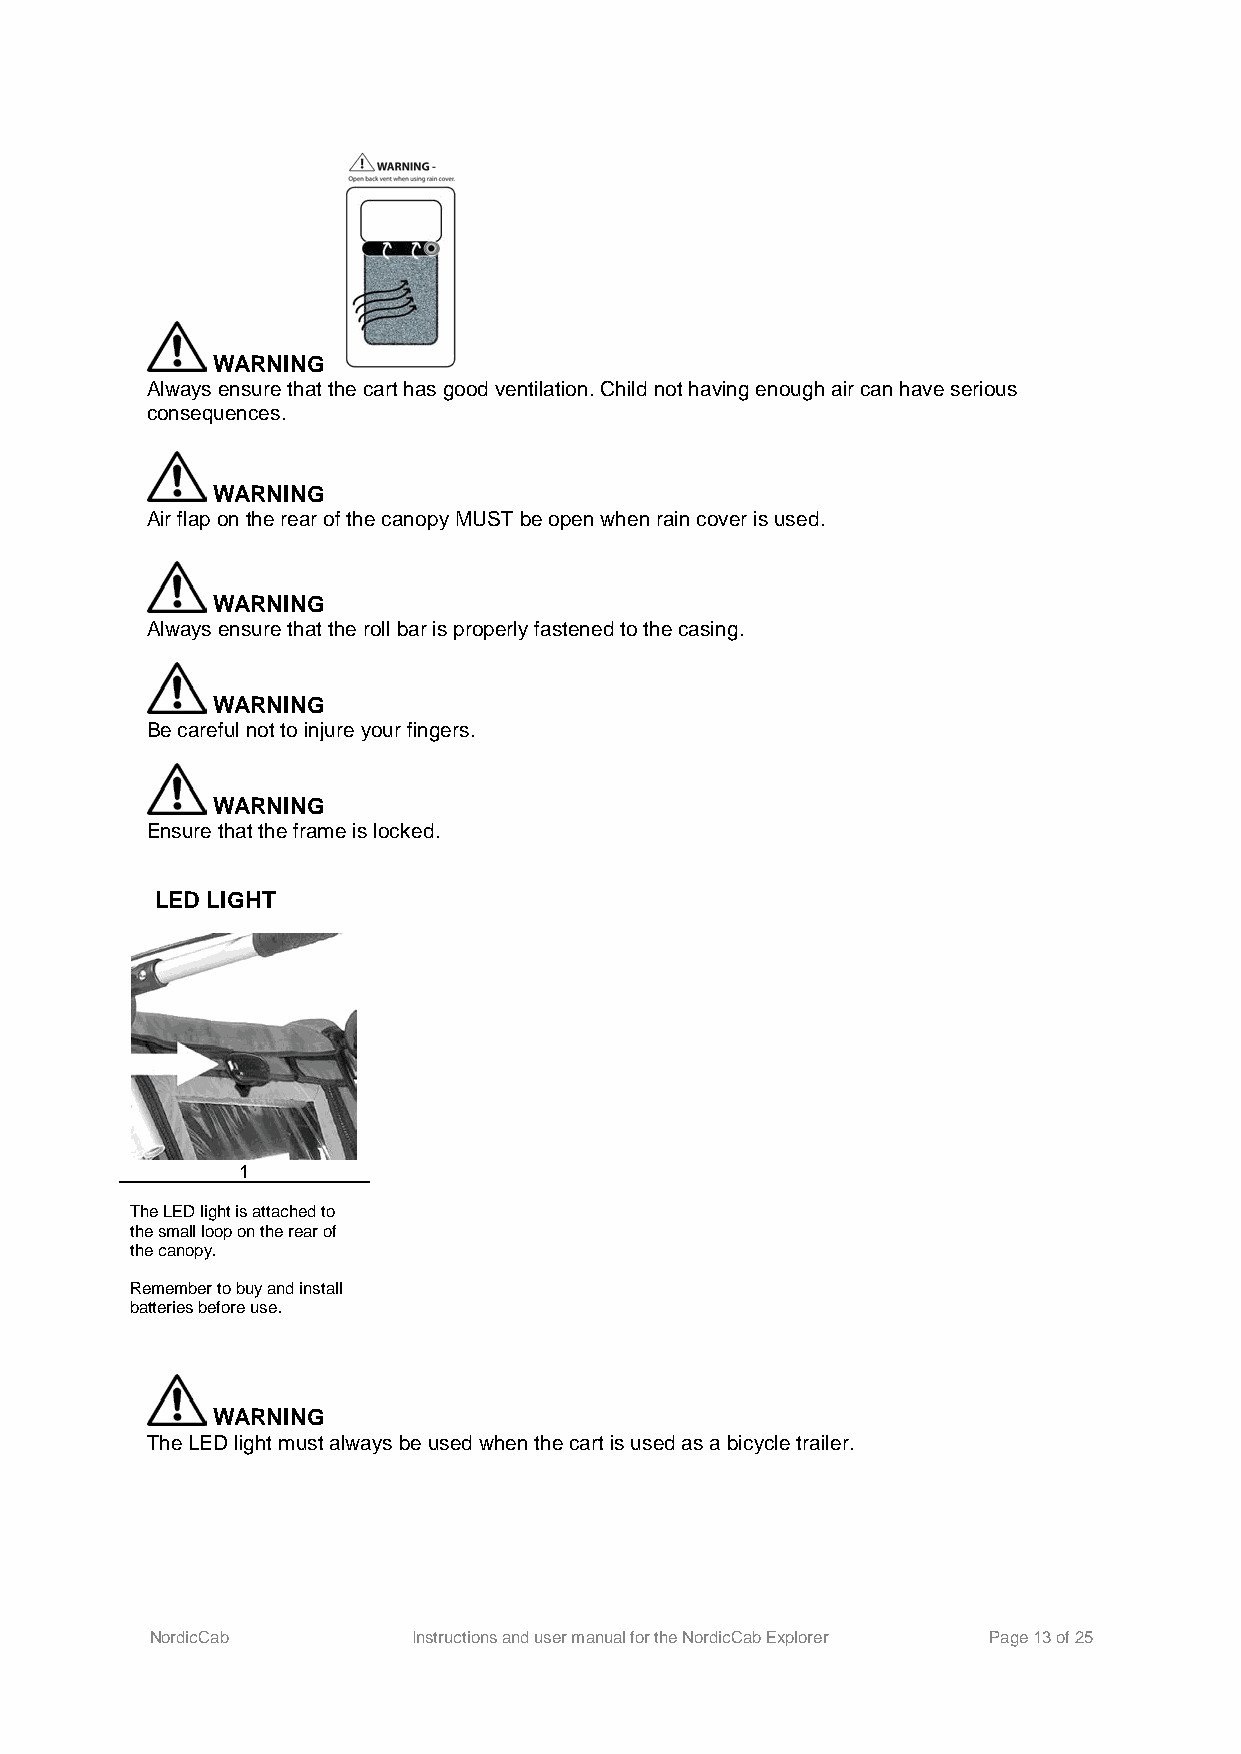
WARNING
 Always ensure that the cart has good ventilation. Child not having enough air can have serious
 consequences.
 WARNING
 Air flap on the rear of the canopy MUST be open when rain cover is used.
 WARNING
 Always ensure that the roll bar is properly fastened to the casing.
 WARNING
 Be careful not to injure your fingers.
 WARNING
 Ensure that the frame is locked.
 LED LIGHT
 1
 The LED light is attached to
 the small loop on the rear of
 the canopy.
 Remember to buy and install
 batteries before use.
 WARNING
 The LED light must always be used when the cart is used as a bicycle trailer.
 NordicCab        Instructions and user manual for the NordicCab Explorer Page 13 of 25